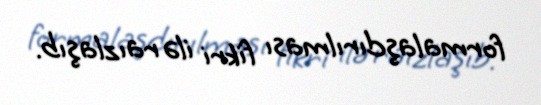
formalaşdırılması fikri ilə raızlaşıb.